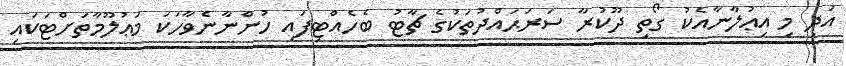
އަދި މި އިޢުލާނާއެކު ގޯތި ދޫކުރާ ސަރަޙައްދުތަކުގެ ޗާޓު ބެހެއްޓިފައި ހުންނާނެވާހަކަ މަޢުލޫމާތަށްޓަކައި